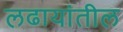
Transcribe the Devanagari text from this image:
लढायांतील